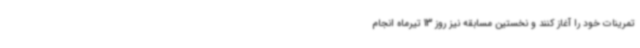
تمرینات خود را آغاز کنند و نخستین مسابقه نیز روز 13 تیرماه انجام